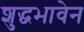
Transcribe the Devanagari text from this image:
शुद्धभावेन